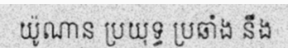
យ៉ូណាន ប្រយុទ្ធ ប្រឆាំង នឹង